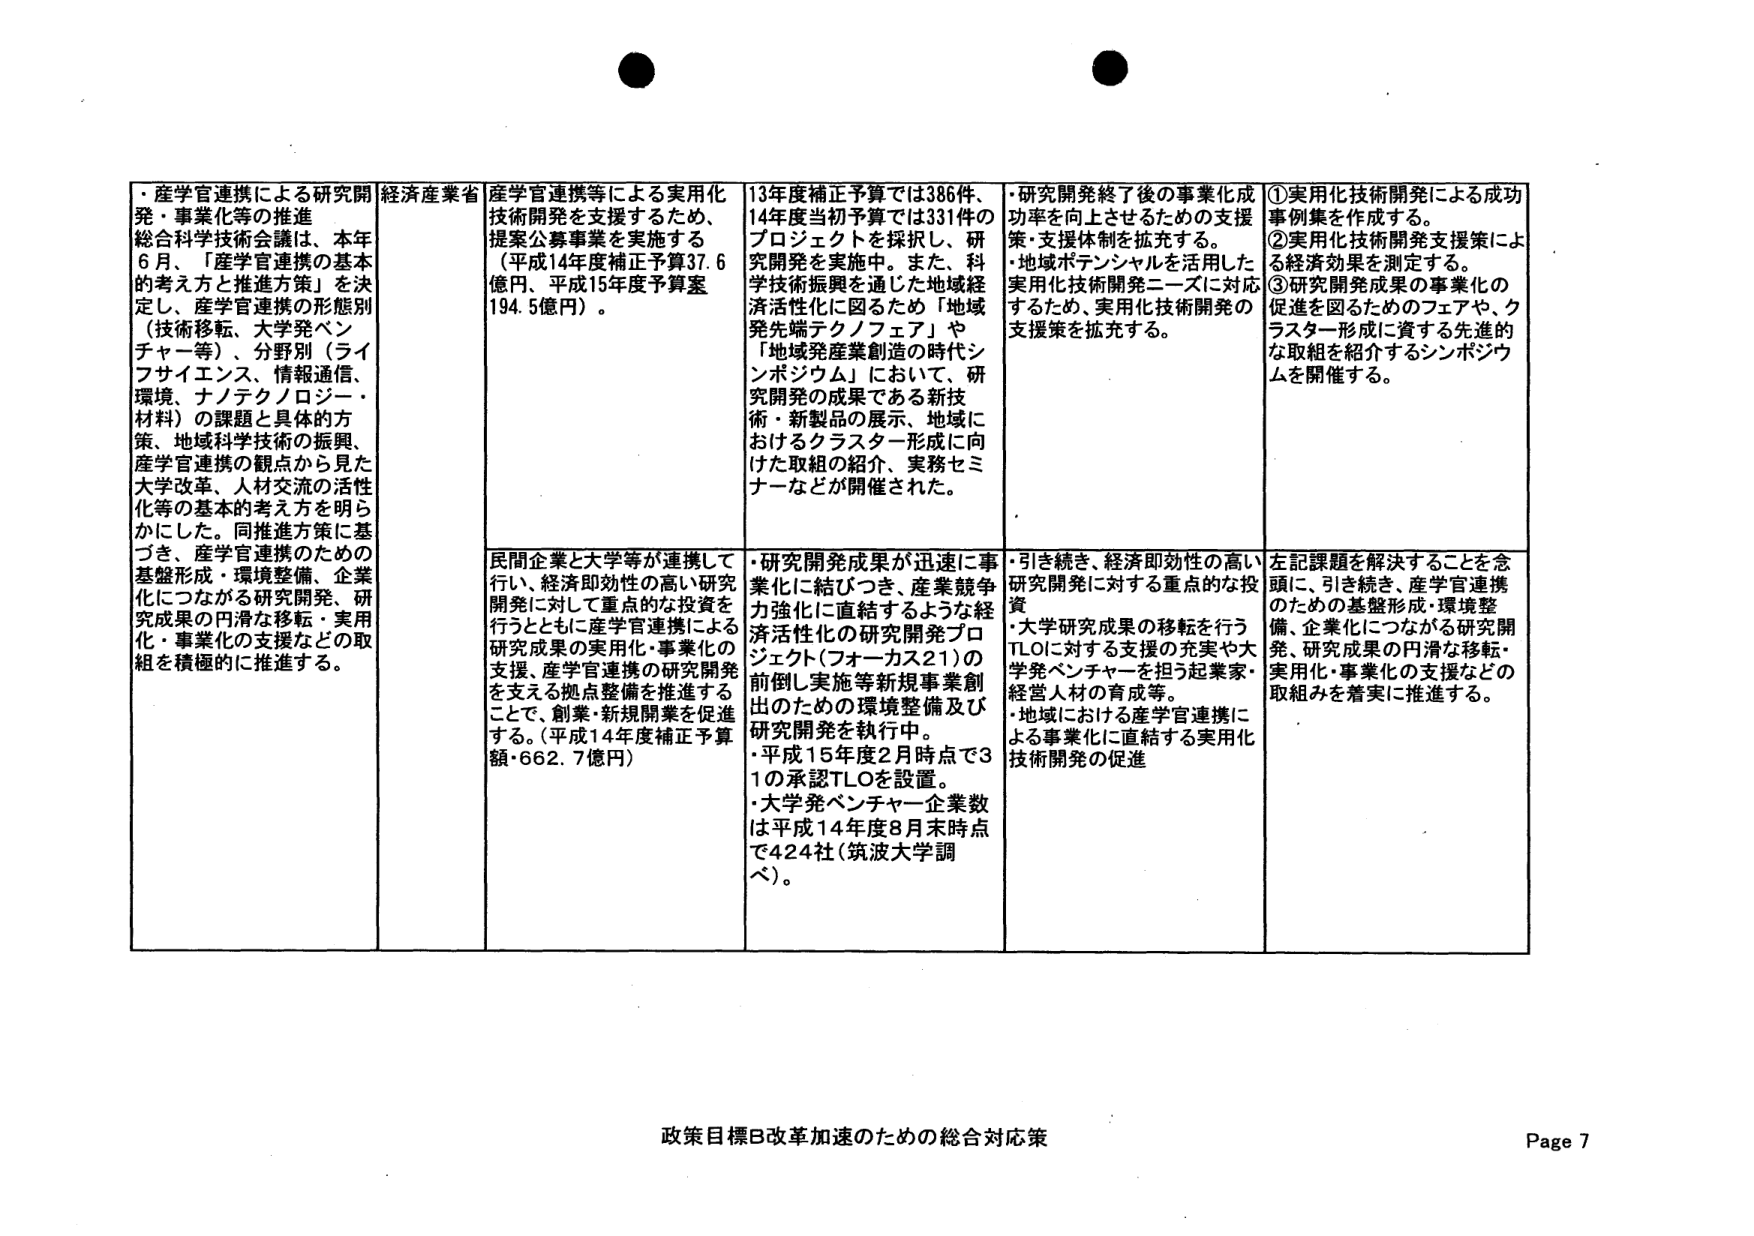
・産学官連携による研究開発・事業化等の推進
総合科学技術会議は、本年6月、「産学官連携の基本的考え方と推進方策」を決定し、産学官連携の形態別（技術移転、大学発ベンチャー等）、分野別（ライフサイエンス、情報通信、環境、ナノテクノロジー・材料）の課題と具体の方策、地域科学技術の振興、産学官連携の観点から見た大学改革、人材交流の活性化等の基本的考え方を明らかにした。同推進方策に基づき、産学官連携のための基盤形成・環境整備、企業化につながる研究開発、研究成果の円滑な移転・実用化・事業化の支援などの取組を積極的に推進する。

経済産業省

産学官連携等による実用化技術開発を支援するため、提案公募事業を実施する（平成14年度補正予算37.6億円、平成15年度予算案194.5億円）。

13年度補正予算では386件、14年度当初予算では331件のプロジェクトを採択し、研究開発を実施中。また、科学技術振興を通じた地域経済活性化に図るため「地域発先端テクノフェア」や「地域発産業創造の時代シンポジウム」において、研究開発の成果である新技術・新製品の展示、地域におけるクラスター形成に向けた取組の紹介、実務セミナーなどが開催された。

・研究開発終了後の事業化成功率を向上させるための支援策・支援体制を拡充する。
・地域ポテンシャルを活用した実用化技術開発ニーズに対応するため、実用化技術開発の支援策を拡充する。

①実用化技術開発による成功事例集を作成する。
②実用化技術開発支援策による経済効果を測定する。
③研究開発成果の事業化の促進を図るためのフェアや、クラスター形成に資する先進的な取組を紹介するシンポジウムを開催する。

民間企業と大学等が連携して行い、経済即効性の高い研究開発に対して重点的な投資を行うとともに産学官連携による研究成果の実用化・事業化の支援、産学官連携の研究開発を支える拠点整備を推進することで、創業・新規開業を促進する。（平成14年度補正予算額・662.7億円）

・研究開発成果が迅速に事業化に結びつき、産業競争力強化に直結するような経済活性化の研究開発プロジェクト（フォーカス21）の前倒し実施等新規事業創出のための環境整備及び研究開発を執行中。
・平成15年度2月時点で31の承認TLOを設置。
・大学発ベンチャー企業数は平成14年度8月末時点で424社（筑波大学調べ）。

・引き続き、経済即効性の高い研究開発に対する重点的な投資
・大学研究成果の移転を行うTLOに対する支援の充実や大学発ベンチャーを担う起業家・経営人材の育成等。
・地域における産学官連携による事業化に直結する実用化技術開発の促進

左記課題を解決することを念頭に、引き続き、産学官連携のための基盤形成・環境整備、企業化につながる研究開発、研究成果の円滑な移転・実用化・事業化の支援などの取組みを着実に推進する。

政策目標B改革加速のための総合対応策
Page 7